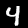
Label: 4